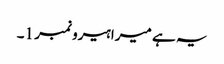
یہ ہے میرا ہیرو نمبر 1۔